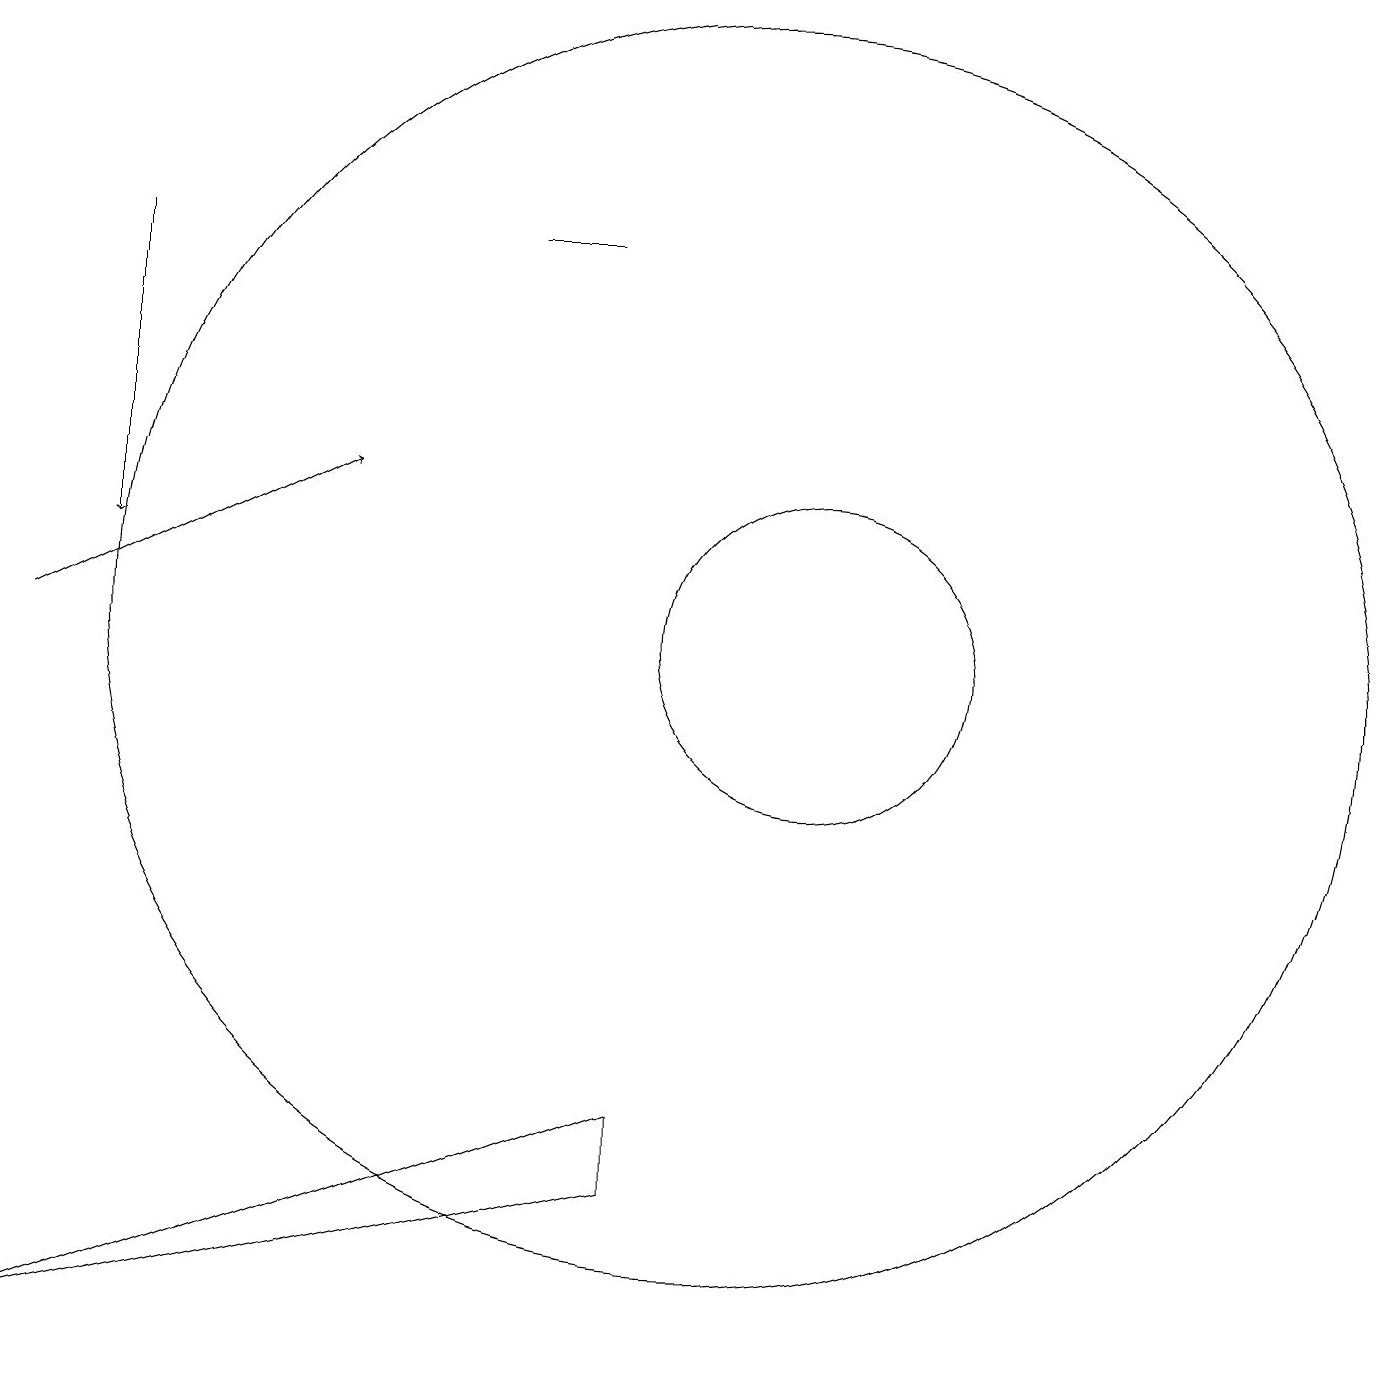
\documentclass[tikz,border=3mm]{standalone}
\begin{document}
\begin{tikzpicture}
\draw (1,1) -- (9,4) -- (9,3) -- cycle;
\draw[->] (2,15) -- (2,11);
\draw (10,10) circle (8);
\draw[->] (1,10) -- (5,12);
\draw (8,15) rectangle (7,15);
\draw (11,10) circle (2);
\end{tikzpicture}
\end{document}